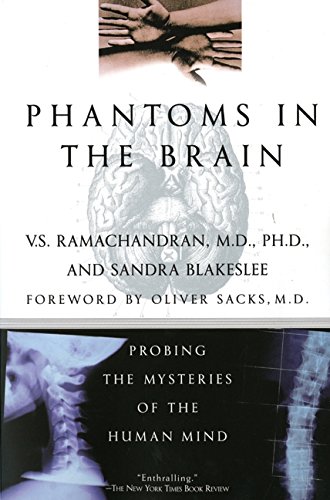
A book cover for Phantoms in the Brain: Probing the Mysteries of the Human Mind; V. S. Ramachandran; Science & Math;